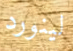
لينورد